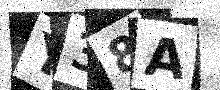
Text: Y38A